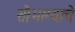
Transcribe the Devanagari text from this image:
सौभाग्याचे